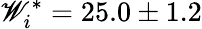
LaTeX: \mathscr{W}_{i}^{*}=25.0\pm1.2